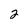
Character: 2